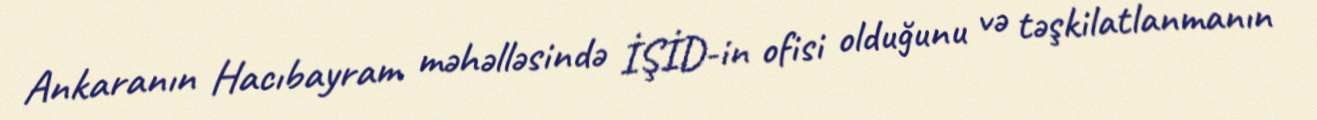
Ankaranın Hacıbayram məhəlləsində İŞİD-in ofisi olduğunu və təşkilatlanmanın